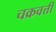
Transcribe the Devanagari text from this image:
चक्रवत्तीं